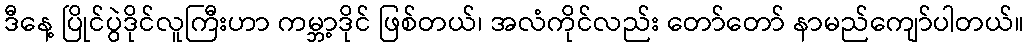
ဒီနေ့ ပြိုင်ပွဲဒိုင်လူကြီးဟာ ကမ္ဘာ့ဒိုင် ဖြစ်တယ်၊ အလံကိုင်လည်း တော်တော် နာမည်ကျော်ပါတယ်။